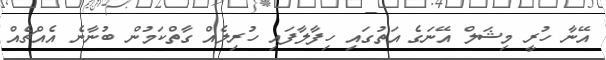
އޭނާ ހުރީ މިޝަލް އޭނަގެ އަތުގައި ހިފާލާފައި ހުރިލެއް ގާތްކަމުން ބުނާނެ އެއްޗެއް